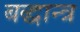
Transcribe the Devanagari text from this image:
बद्धान्त्र